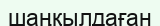
шаңқылдаған